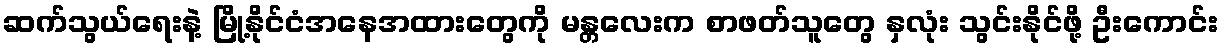
ဆက်သွယ်ရေးနဲ့ မြို့နိုင်ငံအနေအထားတွေကို မန္တလေးက စာဖတ်သူတွေ နှလုံး သွင်းနိုင်ဖို့ ဦးကောင်း